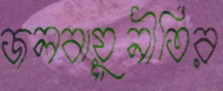
জলবায়ুনীতির